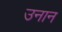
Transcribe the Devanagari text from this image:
उनान